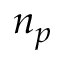
n _ { p }